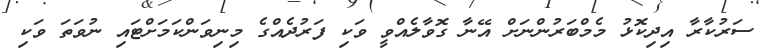
ސަރުކާރާ އިދިކޮޅު މެމްބަރުންނަށް އޭނާ ގޮވާލެއްވީ ވަކި ފަރުދެއްގެ މިނިވަންކަމަށްޓައި ނުވަތަ ވަކި